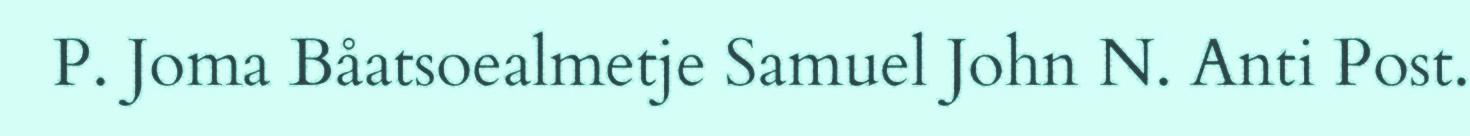
P. Joma Båatsoealmetje Samuel John N. Anti Post.